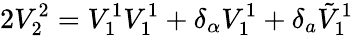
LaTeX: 2V_{2}^{2}=V_{1}^{1}V_{1}^{1}+\delta_{\alpha}V_{1}^{1}+\delta_{a}\tilde{V}_{1}^{1}